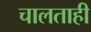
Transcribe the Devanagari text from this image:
चालताही